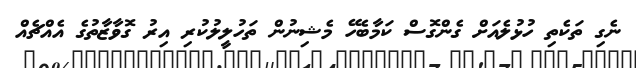
ނެގި ތަކެތި ހުޅުލެއަށް ގެންގޮސް ކަމާބެހޭ މެޝިނުން ތަހުލީލުކުރި އިރު ގޮވާޒާތުގެ އެއްޗެއް